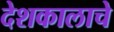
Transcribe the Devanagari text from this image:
देशकालाचे